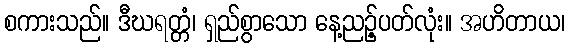
စကားသည်။ ဒီဃရတ္တံ၊ ရှည်စွာသော နေ့ညဉ့်ပတ်လုံး။ အဟိတာယ၊